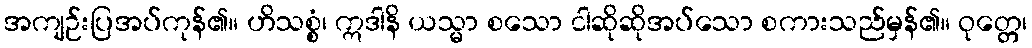
အကျဉ်းပြအပ်ကုန်၏။ ဟိသစ္စံ၊ ဣဒါနိ ယသ္မာ စသော ငါဆိုဆိုအပ်သော စကားသည်မှန်၏။ ဝုတ္တေ၊